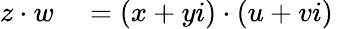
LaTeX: \begin{array}{rlrl}{z\cdot w}&{{}=(x+yi)\cdot(u+vi)}&{}\end{array}